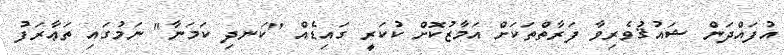
އުފައްދަން ޝައުޤުވެރިވާ ފަރާތްތަކަށް އަމާޒުކޮށް ކުކަރީ ގައިޑެއް "ކަނދި ކަމަނާ" ނަމުގައި ތަޢާރަފު